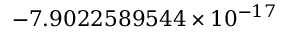
- 7 . 9 0 2 2 5 8 9 5 4 4 \times 1 0 ^ { - 1 7 }